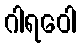
ဂါရဝေါ